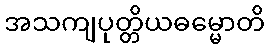
အသကျပုတ္တိယဓမ္မောတိ